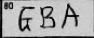
Transcription: GBA